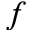
f